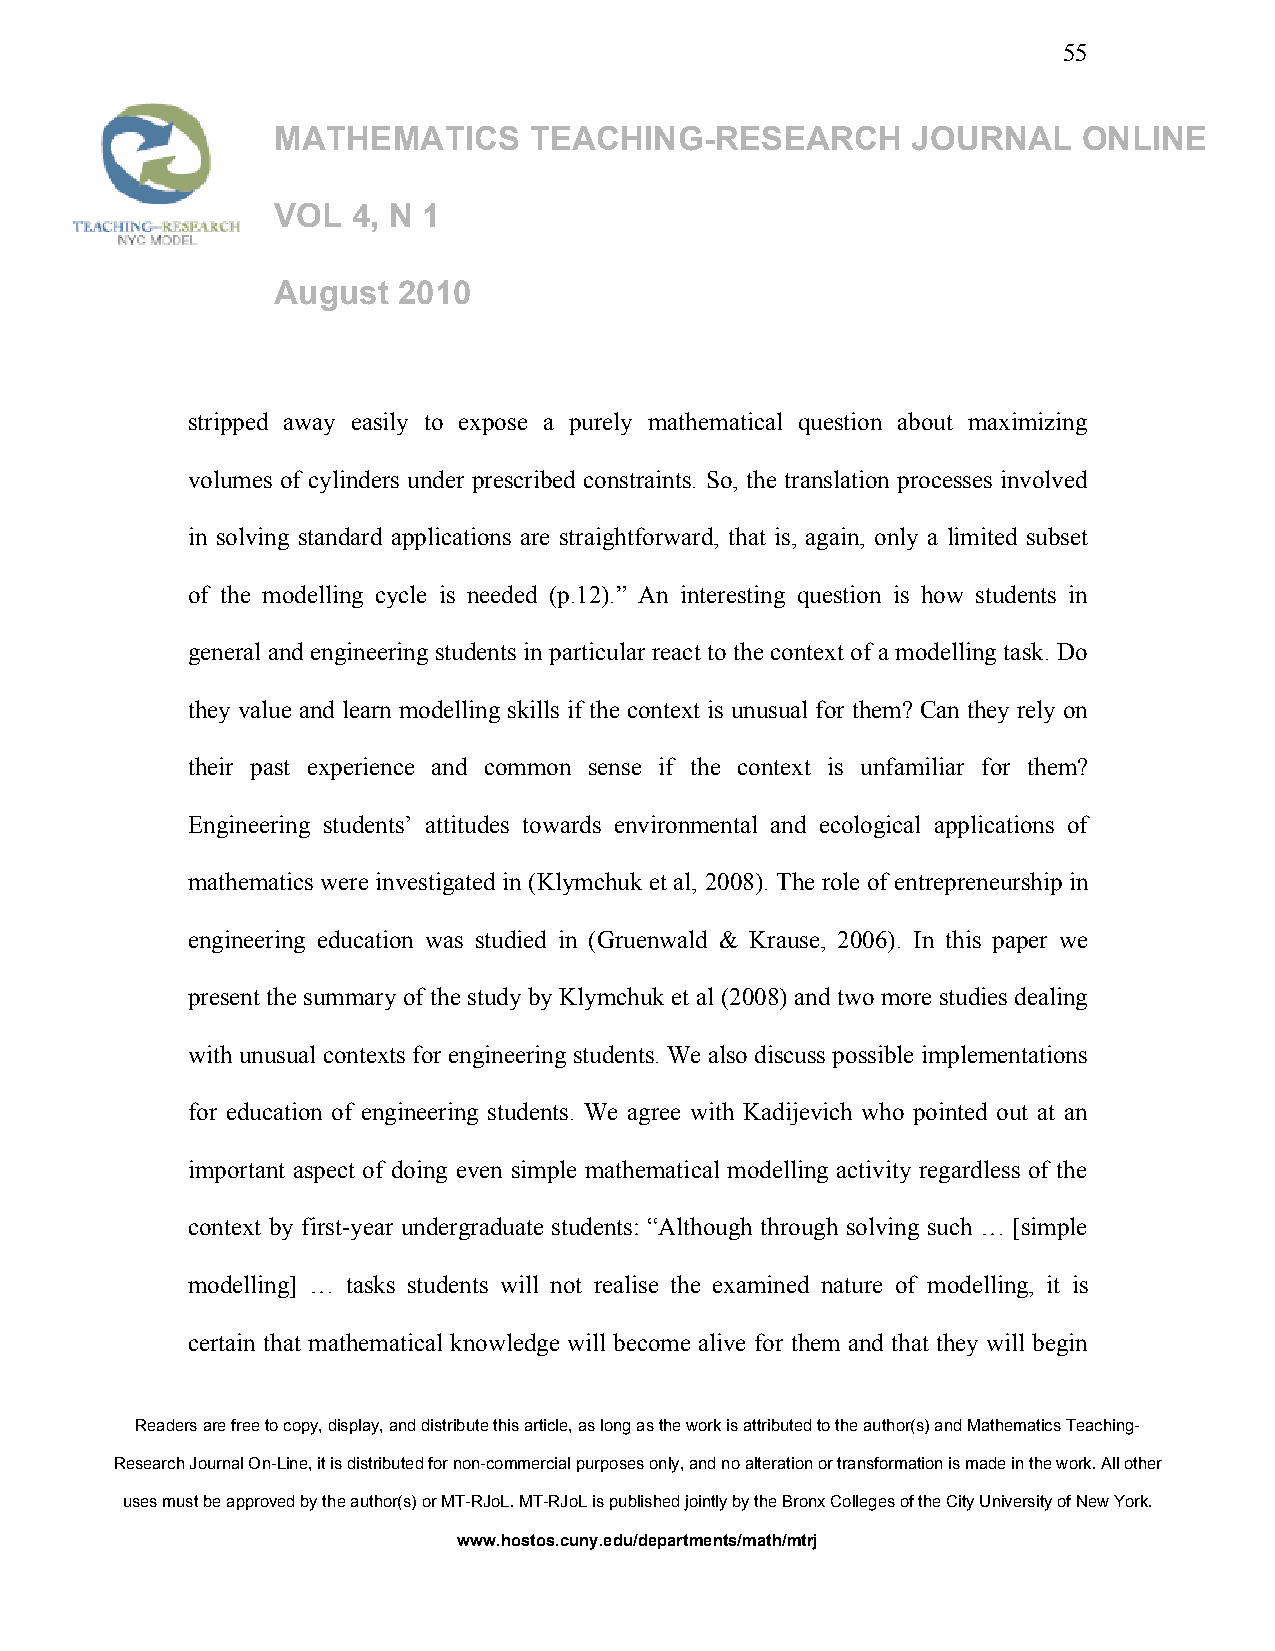
55
 MATHEMATICS      TEACHING-RESEARCH        JOURNAL     ONLINE
 VOL  4, N 1
 August  2010
 stripped away easily to expose a purely mathematical question about maximizing
 volumes of cylinders under prescribed constraints. So, the translation processes involved
 in solving standard applications are straightforward, that is, again, only a limited subset
 of the modelling cycle is needed (p.12).” An interesting question is how students in
 general and engineering students in particular react to the context of a modelling task. Do
 they value and learn modelling skills if the context is unusual for them? Can they rely on
 their past experience and common sense if the context is unfamiliar for them?
 Engineering students’ attitudes towards environmental and ecological applications of
 mathematics were investigated in (Klymchuk et al, 2008). The role of entrepreneurship in
 engineering education was studied in (Gruenwald & Krause, 2006). In this paper we
 present the summary of the study by Klymchuk et al (2008) and two more studies dealing
 with unusual contexts for engineering students. We also discuss possible implementations
 for education of engineering students. We agree with Kadijevich who pointed out at an
 important aspect of doing even simple mathematical modelling activity regardless of the
 context by first-year undergraduate students: “Although through solving such … [simple
 modelling] … tasks students will not realise the examined nature of modelling, it is
 certain that mathematical knowledge will become alive for them and that they will begin
 Readers are free to copy, display, and distribute this article, as long as the work is attributed to the author(s) and Mathematics Teaching-
 Research Journal On-Line, it is distributed for non-commercial purposes only, and no alteration or transformation is made in the work. All other
 uses must be approved by the author(s) or MT-RJoL. MT-RJoL is published jointly by the Bronx Colleges of the City University of New York.
 www.hostos.cuny.edu/departments/math/mtrj